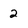
Character: 2